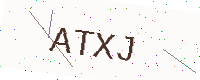
Text: ATXJ